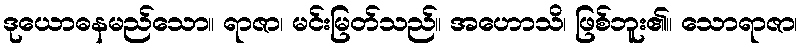
ဒုယောဓနမည်သော။ ရာဇာ၊ မင်းမြတ်သည်။ အဟောသိ၊ ဖြစ်ဘူး၏။ သောရာဇာ၊